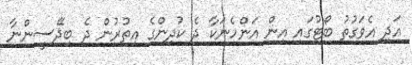
އަދި އެވަގުތު ބޯޓުގައި އިން އަންހެނަކާ ދެ ކުދިންގެ އިތުރުން ދެ ބިދޭސީންނާ